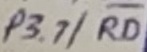
Text: P3.7/RD